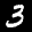
Label: 3